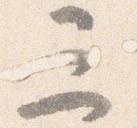
三